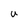
Character: u